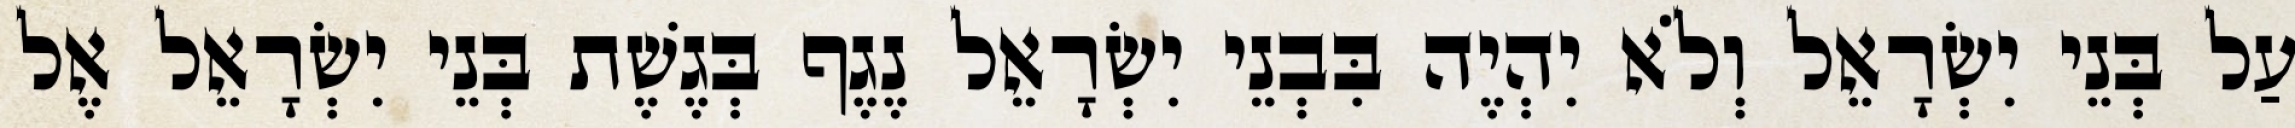
עַל בְּנֵי יִשְׂרָאֵל וְלֹא יִהְיֶה בִּבְנֵי יִשְׂרָאֵל נֶגֶף בְּגֶשֶׁת בְּנֵי יִשְׂרָאֵל אֶל